Annual administration report of the Civil Veterinary Department of India - 1893-1894
Year: 1893
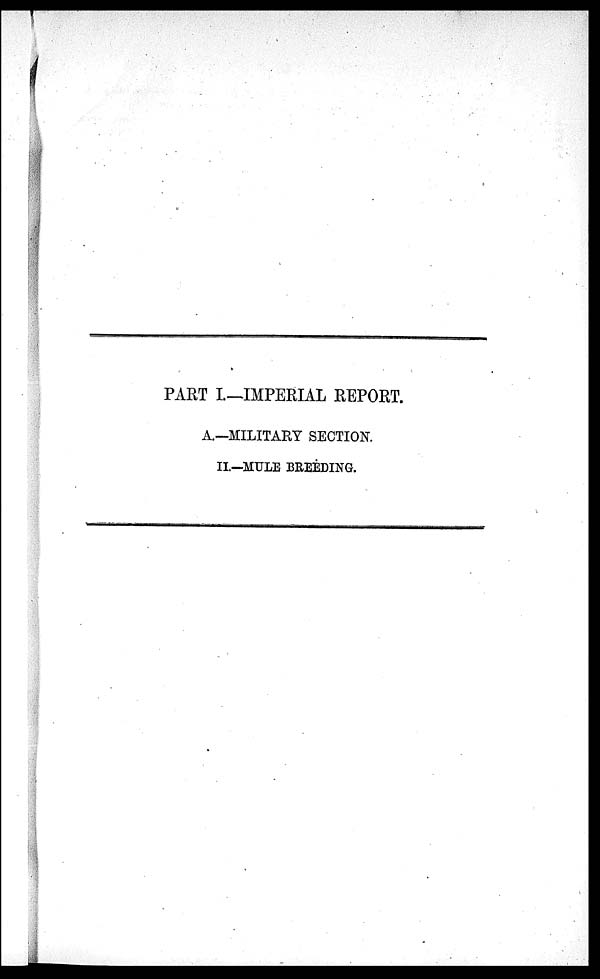
PART I.—IMPERIAL REPORT.
A.—MILITARY SECTION.
II.—MULE BREEDING.